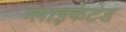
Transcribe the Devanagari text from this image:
ग्लाइकेटेड